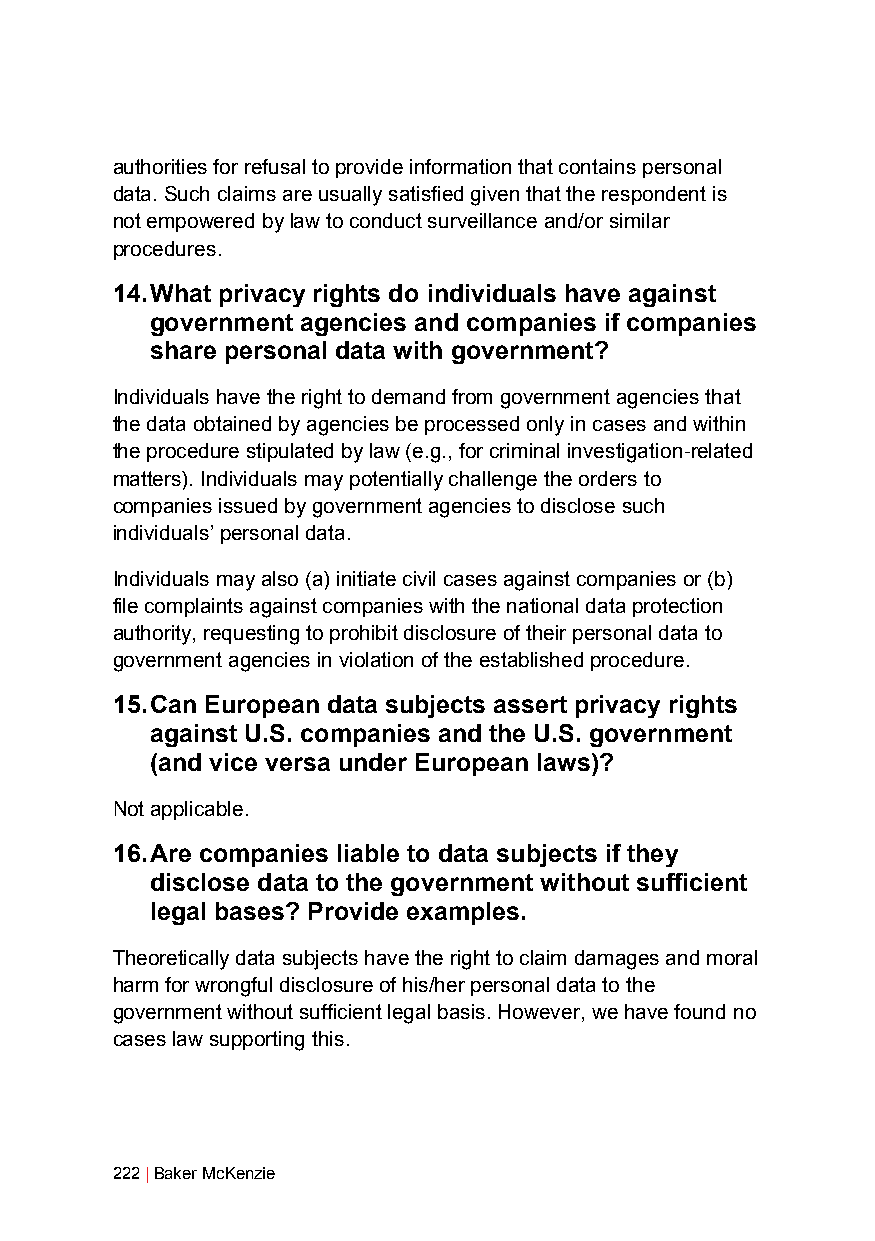
authorities for refusal to provide information that contains personal
 data. Such claims are usually satisfied given that the respondent is
 not empowered by law to conduct surveillance and/or similar
 procedures.
 14. What privacy rights do individuals have against
 government agencies and companies if companies
 share personal data with government?
 Individuals have the right to demand from government agencies that
 the data obtained by agencies be processed only in cases and within
 the procedure stipulated by law (e.g., for criminal investigation-related
 matters). Individuals may potentially challenge the orders to
 companies issued by government agencies to disclose such
 individuals’ personal data.
 Individuals may also (a) initiate civil cases against companies or (b)
 file complaints against companies with the national data protection
 authority, requesting to prohibit disclosure of their personal data to
 government agencies in violation of the established procedure.
 15. Can European data subjects assert privacy rights
 against U.S. companies and the U.S. government
 (and vice versa under European laws)?
 Not applicable.
 16. Are companies liable to data subjects if they
 disclose data to the government without sufficient
 legal bases? Provide examples.
 Theoretically data subjects have the right to claim damages and moral
 harm for wrongful disclosure of his/her personal data to the
 government without sufficient legal basis. However, we have found no
 cases law supporting this.
 222 | Baker McKenzie